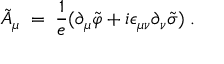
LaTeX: { \tilde { A } } _ { \mu } \; = \; \frac { 1 } { e } ( \partial _ { \mu } { \tilde { \varphi } } + i \epsilon _ { \mu \nu } \partial _ { \nu } { \tilde { \sigma } } ) \; .